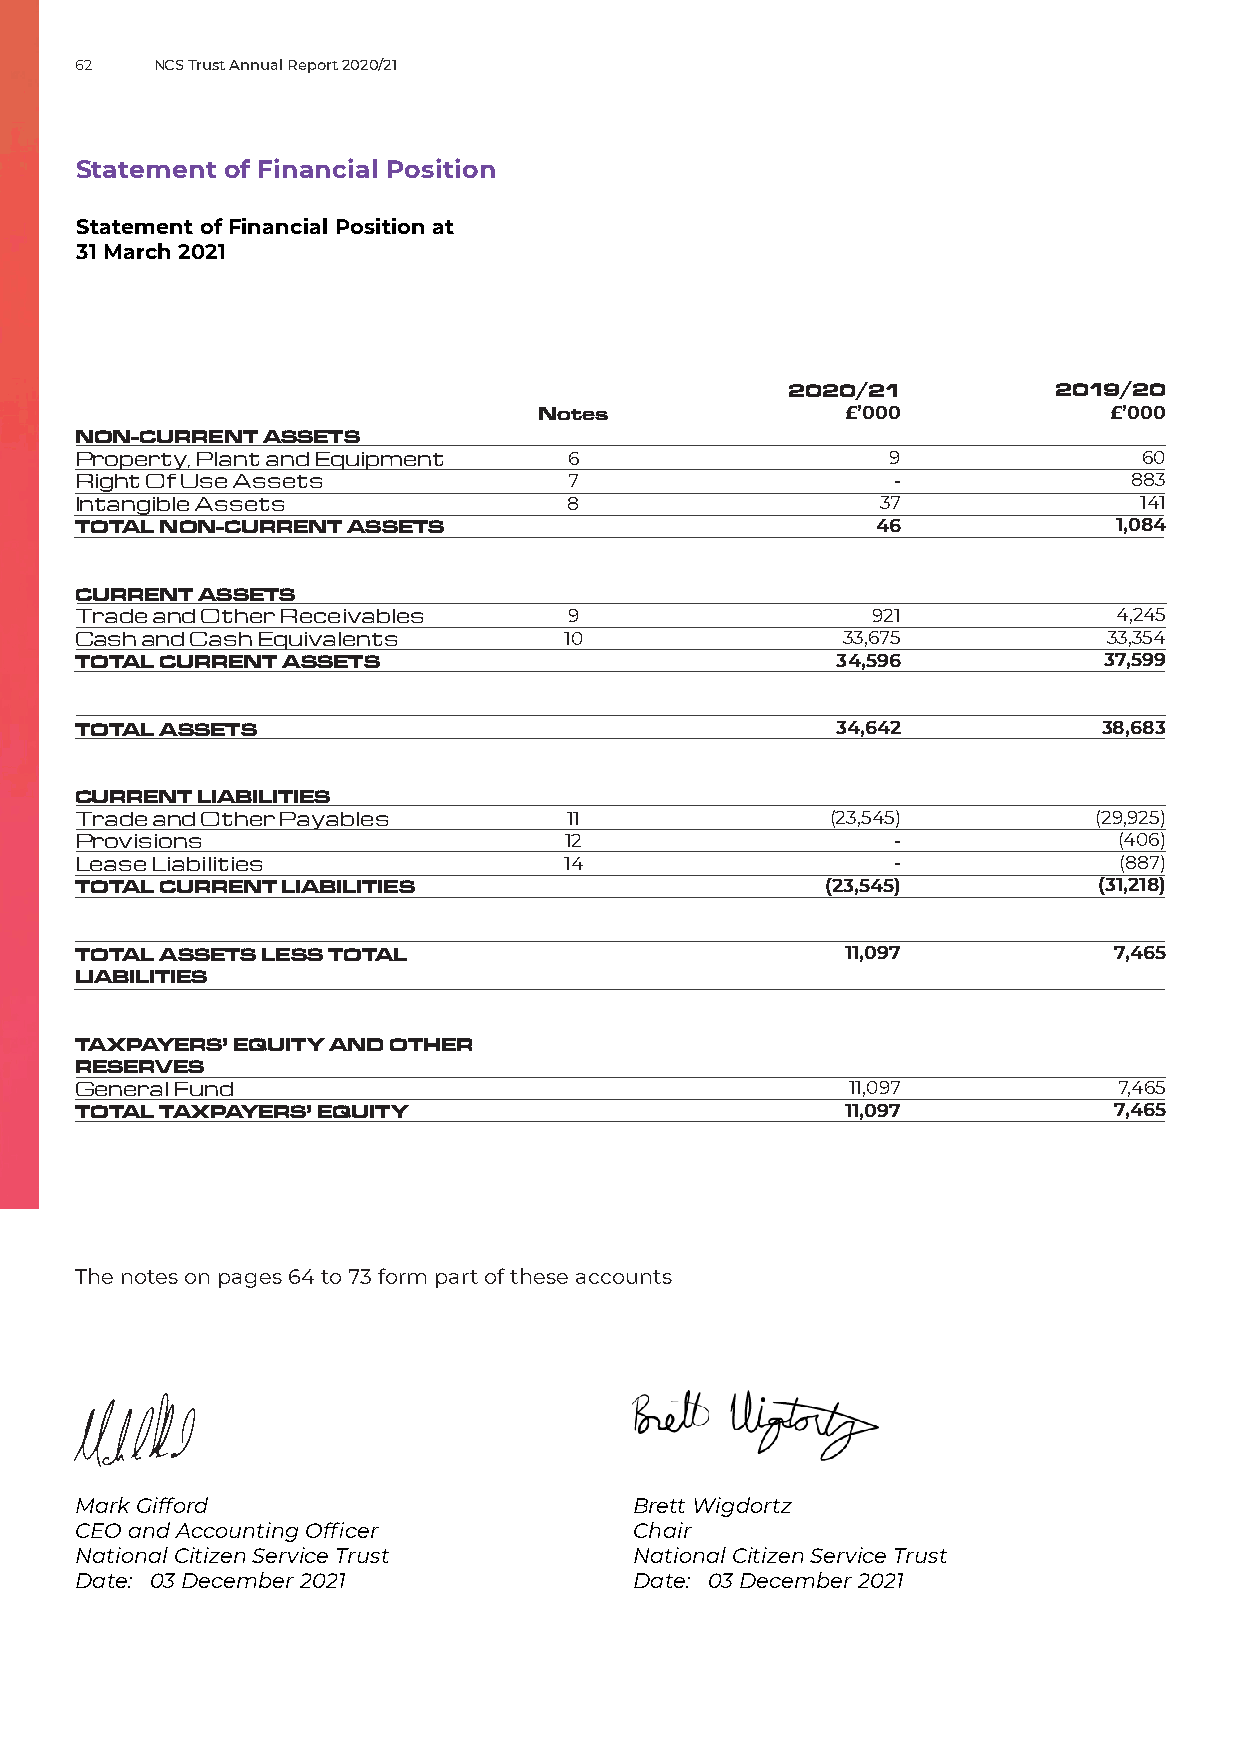
62   NCS Trust Annual Report 2020/21
 Statement of Financial Position
 Statement of Financial Position at
 31 March 2021
 2020/21           2019/20
 Notes               £’000             £’000
 NON-CURRENT ASSETS
 Property, Plant and Equipment    6                    9                60
 Right Of Use Assets              7                    -               883
 Intangible Assets                8                   37                141
 TOTAL NON-CURRENT ASSETS                             46              1,084
 CURRENT ASSETS
 Trade and Other Receivables      9                   921             4,245
 Cash and Cash Equivalents       10                 33,675           33,354
 TOTAL CURRENT ASSETS                              34,596            37,599
 TOTAL ASSETS                                      34,642            38,683
 CURRENT LIABILITIES
 Trade and Other Payables         11               (23,545)          (29,925)
 Provisions                      12                    -              (406)
 Lease Liabilities               14                    -              (887)
 TOTAL CURRENT LIABILITIES                         (23,545)          (31,218)
 TOTAL ASSETS LESS TOTAL                            11,097            7,465
 LIABILITIES
 TAXPAYERS’ EQUITY AND OTHER
 RESERVES
 General Fund                                       11,097            7,465
 TOTAL TAXPAYERS’ EQUITY                            11,097            7,465
 The notes on pages 64 to 73 form part of these accounts
 Mark Gifford                         Brett Wigdortz
 CEO and Accounting Officer           Chair
 National Citizen Service Trust       National Citizen Service Trust
 Date: 03 December 2021               Date: 03 December 2021